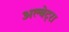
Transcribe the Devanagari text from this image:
अल्बेट्रा